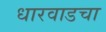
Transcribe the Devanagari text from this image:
धारवाडचा